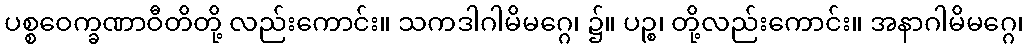
ပစ္စဝေက္ခဏာဝီတိတို့ လည်းကောင်း။ သကဒါဂါမိမဂ္ဂေ၊ ၌။ ပဉ္စ၊ တို့လည်းကောင်း။ အနာဂါမိမဂ္ဂေ၊